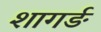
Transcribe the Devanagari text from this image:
शागर्ङ